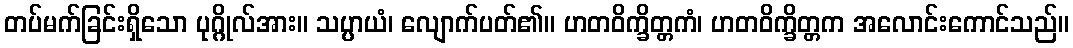
တပ်မက်ခြင်းရှိသော ပုဂ္ဂိုလ်အား။ သပ္ပာယံ၊ လျောက်ပတ်၏။ ဟတဝိက္ခိတ္တကံ၊ ဟတဝိက္ခိတ္တက အလောင်းကောင်သည်။